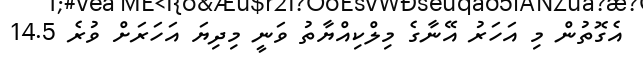
އެގޮތުން މި އަހަރު އޭނާގެ މިލްކިއްޔާތު ވަނީ މިދިޔަ އަހަރަށް ވުރެ 14.5